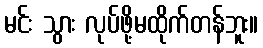
မင်း သွား လုပ်ဖို့မထိုက်တန်ဘူး။